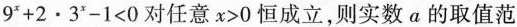
9 ^ { x } + 2 \bullet